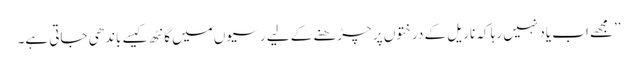
’’مجھے اب یاد نہیں رہا کہ ناریل کے درختوں پر چڑھنے کے لیے رسیوں میں گانٹھ کیسے باندھی جاتی ہے۔